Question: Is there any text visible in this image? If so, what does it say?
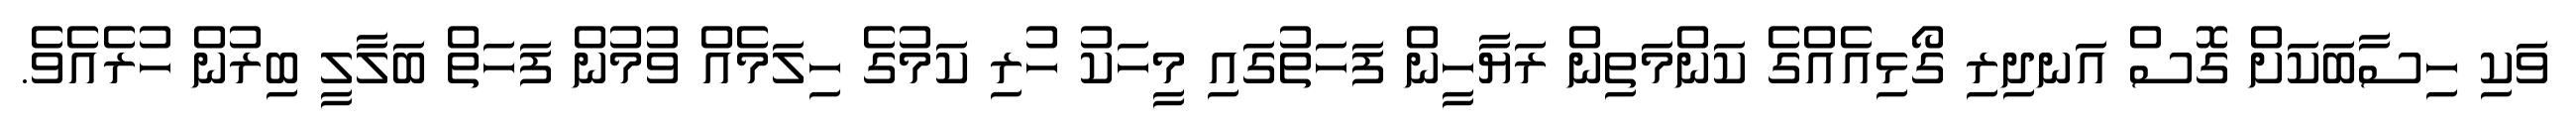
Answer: ވަކި ހިސާބަކަށް ގޮސް އަނދިރި ގޯޅިއެއްގެ ކަންމަތިން ރަޔާހީން ފަހަތުގައި މީހަކު ހުރި ކަމުގެ ހިލަމެއް ވުމުން ފަހަތް ބަލާލީ ބިރުން ހުރެއެވެ.